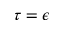
\tau = \epsilon